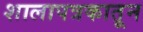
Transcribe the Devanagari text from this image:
शालापत्रकातून